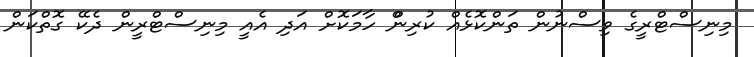
މިނިސްޓްރީގެ ވިސްނުން ތަންކޮޅެއް ކުރިންް ހާމަކޮށް އަދި އެއީ މިނިސްޓްރީން ދެކޭ ގޮތްކަން